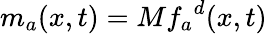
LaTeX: {m_{a}}(x,t)=M{f_{a}}^{d}(x,t)